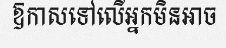
ឱកាសទៅលើអ្នកមិនអាច